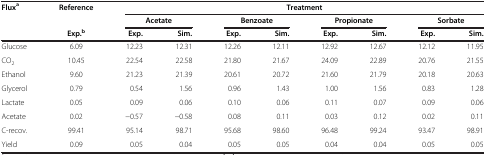
| Fluxa | Reference | <COLSPAN=8> Treatment |
 |  |  | <COLSPAN=2> Acetate | <COLSPAN=2> Benzoate | <COLSPAN=2> Propionate | <COLSPAN=2> Sorbate |
 |  | Exp.b | Exp. | Sim. | Exp. | Sim. | Exp. | Sim. | Exp. | Sim. |
 | --- | --- | --- | --- | --- | --- | --- | --- | --- | --- |
 | Glucose | 6.09 | 12.23 | 12.31 | 12.26 | 12.11 | 12.92 | 12.67 | 12.12 | 11.95 |
 | CO2 | 10.45 | 22.54 | 22.58 | 21.80 | 21.67 | 24.09 | 22.89 | 20.76 | 21.55 |
 | Ethanol | 9.60 | 21.23 | 21.39 | 20.61 | 20.72 | 21.60 | 21.79 | 20.18 | 20.63 |
 | Glycerol | 0.79 | 0.54 | 1.56 | 0.96 | 1.43 | 1.00 | 1.56 | 0.83 | 1.28 |
 | Lactate | 0.05 | 0.09 | 0.06 | 0.10 | 0.06 | 0.11 | 0.07 | 0.09 | 0.06 |
 | Acetate | 0.02 | −0.57 | −0.58 | 0.08 | 0.11 | 0.03 | 0.12 | 0.02 | 0.11 |
 | C-recov. | 99.41 | 95.14 | 98.71 | 95.68 | 98.60 | 96.48 | 99.24 | 93.47 | 98.91 |
 | Yield | 0.09 | 0.05 | 0.04 | 0.05 | 0.05 | 0.04 | 0.04 | 0.05 | 0.05 |